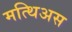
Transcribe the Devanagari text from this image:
मत्थिअस